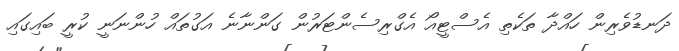
ދަނޑުވެރިން ހައްދާ ތަކެތި އެސްޓީއޯ އެގްރިސެންޓަރުން ގަންނާނެ އަގުތައް ހުންނަނީ ކުރީ ބައިގައި